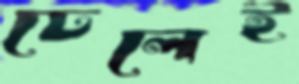
ঢেলেই